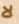
لا